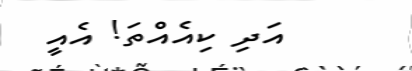
އަދި ކިއެއްތަ! އެއީ